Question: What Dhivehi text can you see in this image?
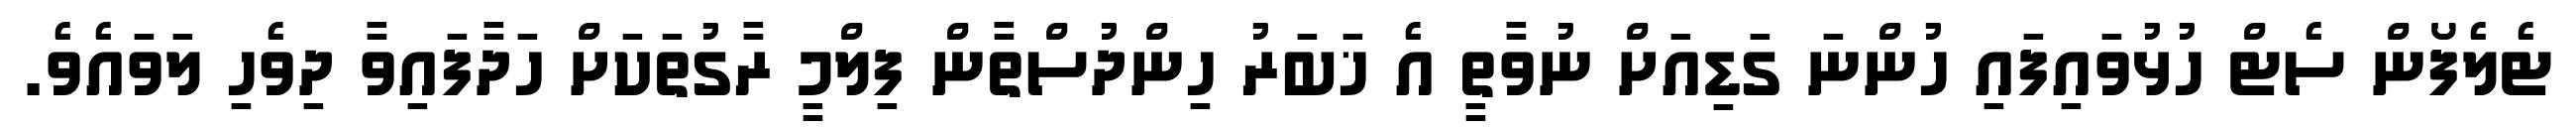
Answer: ޓެލެފޯން ސެޓް ހުޅުވައިފައި ހުންނަ ގަޑިއަށް ނުވާތީ އެ ޚަބަރު ހިންދުސްތާން ފިލްމީ ރާގުތަކަށް ހަދާފައިވާ ދިވެހި ލަވައެވެ.